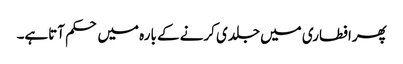
پھرافطاری میں جلدی کرنے کے بارہ میں حکم آتاہے۔